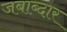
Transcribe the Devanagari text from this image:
जबाब्दार